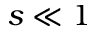
s \ll 1